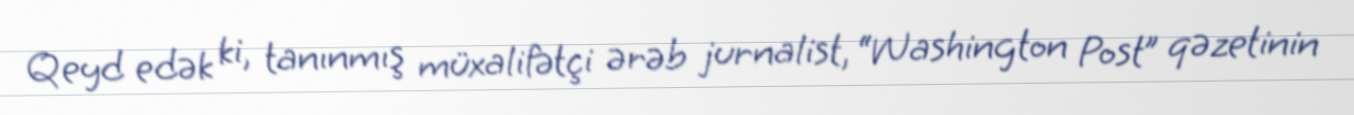
Qeyd edək ki, tanınmış müxalifətçi ərəb jurnalist, “Washington Post” qəzetinin